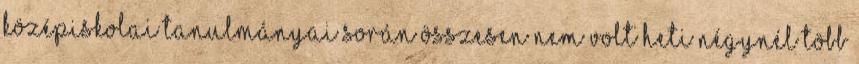
középiskolai tanulmányai során összesen nem volt heti négynél több